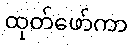
ထုတ်ဖော်ကာ